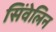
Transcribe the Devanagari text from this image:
सिंवेलिन